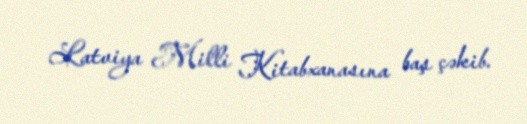
Latviya Milli Kitabxanasına baş çəkib.